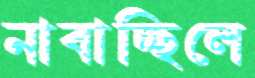
নাবাচ্ছিলে